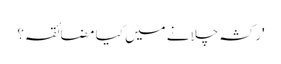
'رکشہ چلانے میں کیا مضائقہ؟